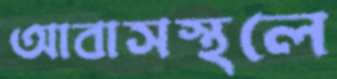
আবাসস্থলে